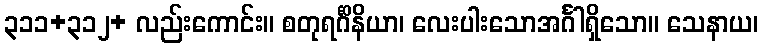
၃၁၁+၃၁၂+ လည်းကောင်း။ စတုရင်္ဂိနိယာ၊ လေးပါးသောအင်္ဂါရှိသော။ သေနာယ၊